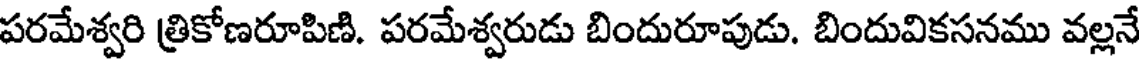
పరమేశ్వరి త్రికోణరూపిణి. పరమేశ్వరుడు బిందురూపుడు. బిందువికసనము వల్లనే